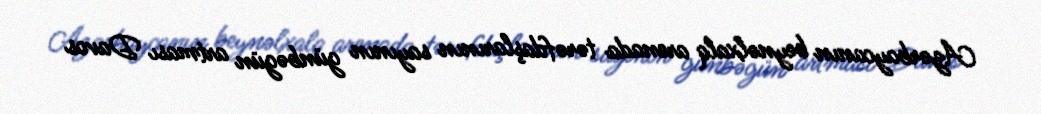
Azərbaycanın beynəlxalq arenada tərəfdaşlarının sayının günbəgün artması Davos